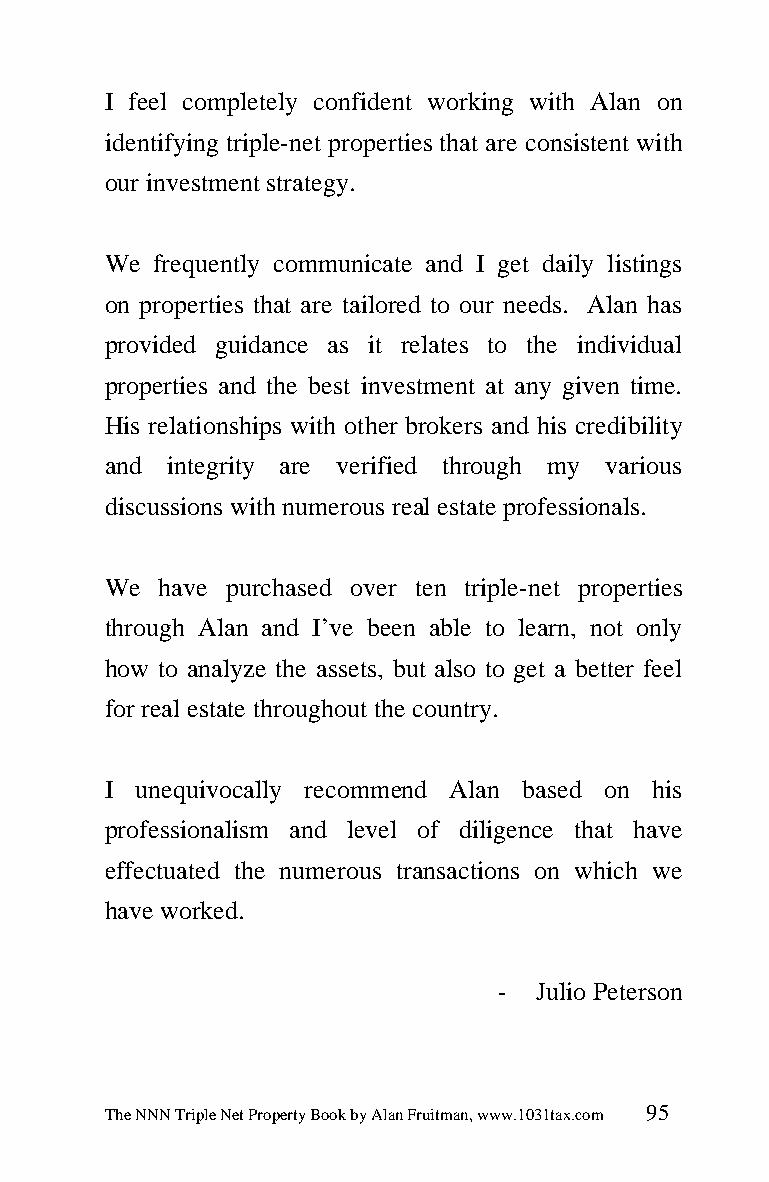
I feel completely confident working with Alan on
 identifying triple-net properties that are consistent with
 our investment strategy.
 We frequently communicate and I get daily listings
 on properties that are tailored to our needs. Alan has
 provided guidance as it relates to the individual
 properties and the best investment at any given time.
 His relationships with other brokers and his credibility
 and integrity are verified through my various
 discussions with numerous real estate professionals.
 We  have purchased over ten triple-net properties
 through Alan and I’ve been able to learn, not only
 how to analyze the assets, but also to get a better feel
 for real estate throughout the country.
 I unequivocally recommend Alan based on his
 professionalism and level of diligence that have
 effectuated the numerous transactions on which we
 have worked.
 -  Julio Peterson
 The NNN Triple Net Property Book by Alan Fruitman, www.1031tax.com 95